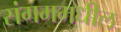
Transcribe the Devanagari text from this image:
संगममधील